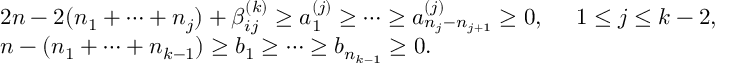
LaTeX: \begin{array} { l } { { 2 n - 2 ( n _ { 1 } + \cdots + n _ { j } ) + \beta _ { i j } ^ { ( k ) } \geq a _ { 1 } ^ { ( j ) } \geq \cdots \geq a _ { n _ { j } - n _ { j + 1 } } ^ { ( j ) } \geq 0 , ~ ~ ~ ~ 1 \leq j \leq k - 2 , } } \\ { { n - ( n _ { 1 } + \cdots + n _ { k - 1 } ) \geq b _ { 1 } \geq \cdots \geq b _ { n _ { k - 1 } } \geq 0 . } } \end{array}